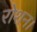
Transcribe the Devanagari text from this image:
रोशन।